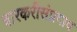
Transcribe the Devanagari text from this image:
वारकरीसंप्रदाय